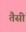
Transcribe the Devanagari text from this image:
तैसीं